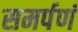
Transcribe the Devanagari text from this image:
समर्पणं